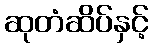
ဆုတံဆိပ်နှင့်